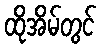
ထိုအိမ်တွင်